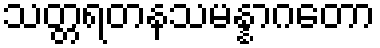
သတ္တရတနသမန္နာဂတော